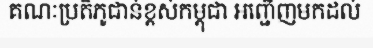
គណៈប្រតិភូជាន់ខ្ពស់កម្ពុជា អញ្ជើញមកដល់